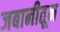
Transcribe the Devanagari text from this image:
जबानीतून